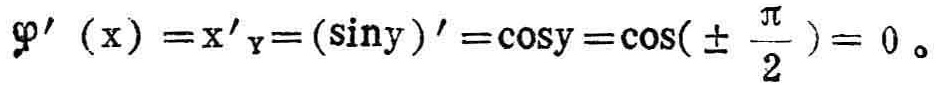
\(\varphi'(x)=x'_{y}=(\sin y)'=\cos y=\cos(\pm\frac{\pi}{2}) = 0\)